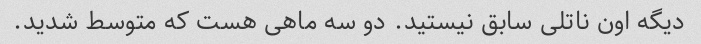
دیگه اون ناتلی سابق نیستید. دو سه ماهی هست که متوسط شدید.